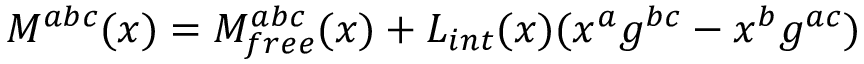
M ^ { a b c } ( x ) = M _ { f r e e } ^ { a b c } ( x ) + L _ { i n t } ( x ) ( x ^ { a } g ^ { b c } - x ^ { b } g ^ { a c } )